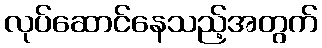
လုပ်ဆောင်နေသည့်အတွက်